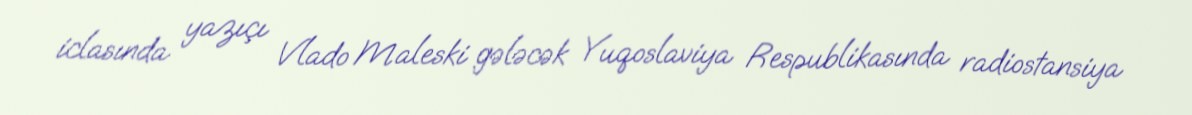
iclasında yazıçı Vlado Maleski gələcək Yuqoslaviya Respublikasında radiostansiya